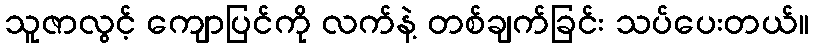
သူဇာလွင့် ကျောပြင်ကို လက်နဲ့ တစ်ချက်ခြင်း သပ်ပေးတယ်။